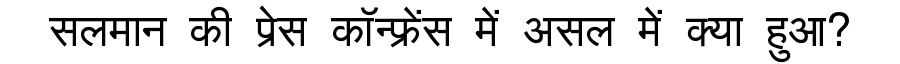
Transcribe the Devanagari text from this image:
सलमान की प्रेस कॉन्फ्रेंस में असल में क्या हुआ?